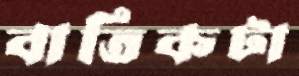
বাতিকটা